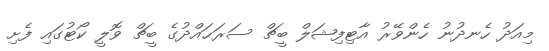
މިއަދު ހެނދުނު ހެންވޭރު އާޓިފިޝަލް ބީޗް ސަރަޙައްދުގެ ބީޗް ވޮލީ ކޯޓުގައި ފެށި